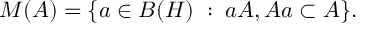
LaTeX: M ( A ) = \{ a \in B ( H ) \; : \; a A , A a \subset A \} .